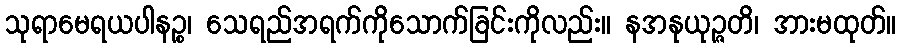
သုရာမေရယပါနဉ္စ၊ သေရည်အရက်ကိုသောက်ခြင်းကိုလည်း။ နအနုယုဉ္ဇတိ၊ အားမထုတ်။